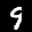
Label: 9